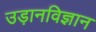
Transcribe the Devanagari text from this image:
उड़ानविज्ञान